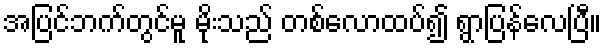
အပြင်ဘက်တွင်မူ မိုးသည် တစ်လောထပ်၍ ရွာပြန်လေပြီ။